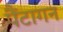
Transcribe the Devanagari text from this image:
पैंटागन